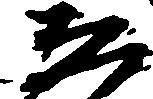
ゑ